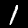
Digit: 1